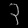
Digit: ၃